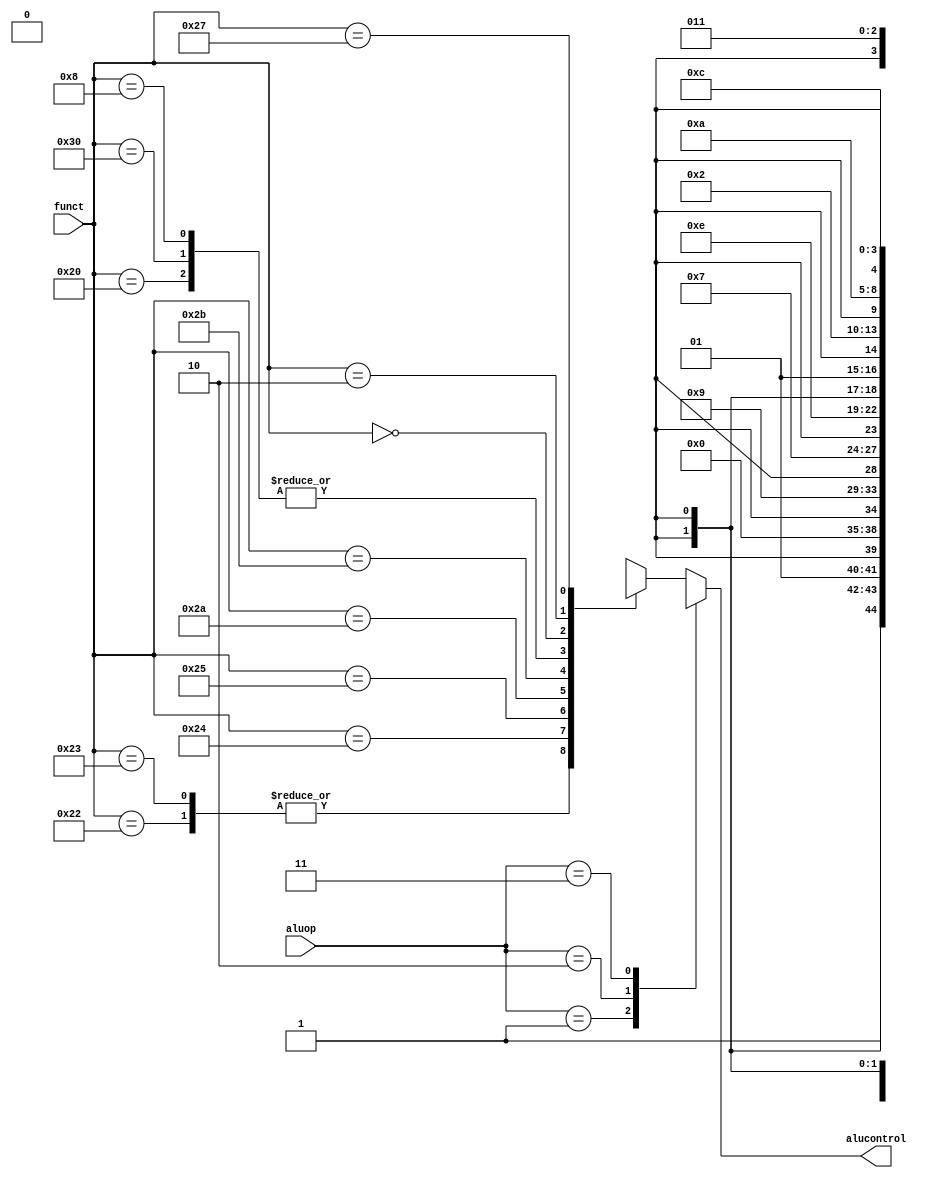
`timescale 1ns / 1ps
//////////////////////////////////////////////////////////////////////////////////
// Jesse Osiecki
module aludec(input      [5:0] funct,
              input      [1:0] aluop,
              output reg [4:0] alucontrol); // 5 bits for our ALU!!

  always @(*)
    case(aluop)
      2'b01: alucontrol <= 5'b0xx01; // add
      2'b10: alucontrol <= 5'b1xx01; // sub
		2'b11: alucontrol <= 5'b1x011; // lt
      default: 
			case(funct)          // RTYPE
          6'b100000: alucontrol <= 5'b0xx01; // add
			 6'b110000: alucontrol <= 5'b0xx01; // addu
          6'b100010: alucontrol <= 5'b1xx01; // sub
			 6'b100011: alucontrol <= 5'b1xx01; // subu
          6'b100100: alucontrol <= 5'bx0000; // and
          6'b100101: alucontrol <= 5'bx0100; // or
          6'b101010: alucontrol <= 5'b1x011; // slt
			 6'b101011: alucontrol <= 5'b1x111; // sltu
			 6'b001000: alucontrol <= 5'b0xx01; // jr
			 6'b000000: alucontrol <= 5'bx0010; // sll
			 6'b000010: alucontrol <= 5'bx1010; // srl
			 6'b100000: alucontrol <= 5'b0xx01; // add
          6'b100111: alucontrol <= 5'bx1100; // nor                        
			default:   alucontrol <= 5'bxxxxx; // NOOP
        endcase
    endcase
endmodule